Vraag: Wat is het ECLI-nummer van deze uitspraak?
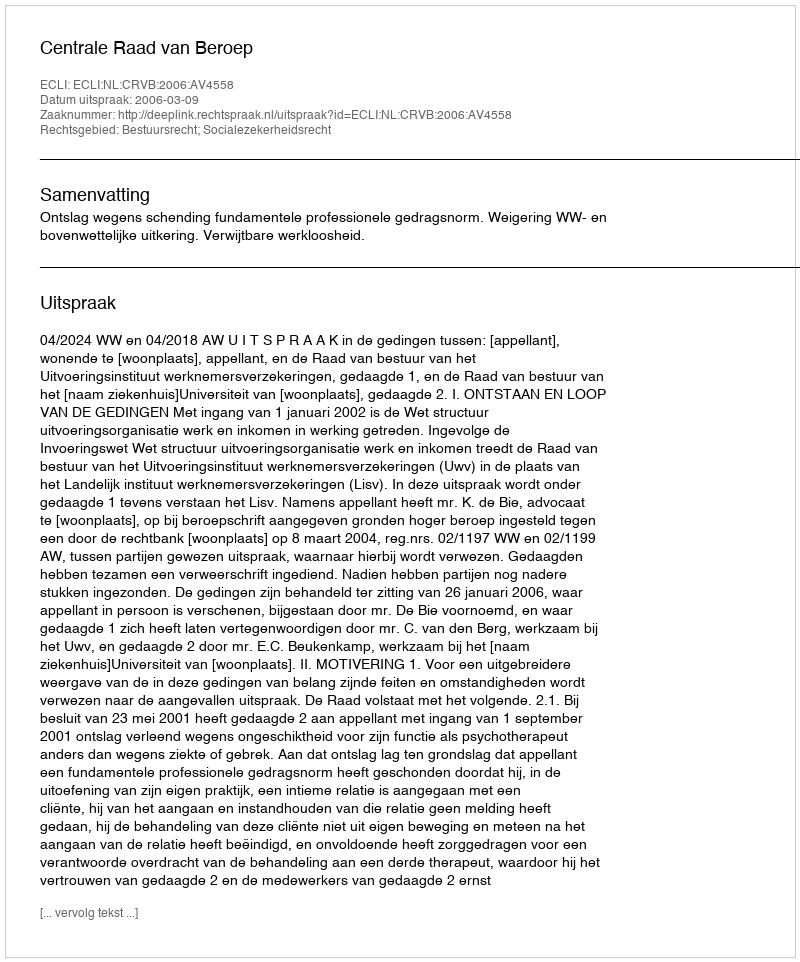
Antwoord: ECLI:NL:CRVB:2006:AV4558